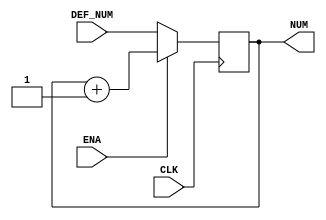
module numCounter(
CLK,
ENA,
DEF_NUM,
NUM);

input wire CLK, ENA;
input wire [31:0] DEF_NUM;
output reg [31:0] NUM;

always @ (posedge CLK)
begin
	if(ENA)
	begin
		NUM <= NUM + 32'b1;
	end
	else
	begin
		NUM <= DEF_NUM;
	end
end

endmodule